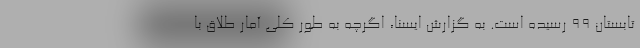
تابستان ۹۹ رسیده است. به گزارش ایسنا، اگرچه به طور کلی آمار طلاق با